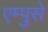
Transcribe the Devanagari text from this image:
एम्पुसे